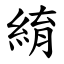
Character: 䋭